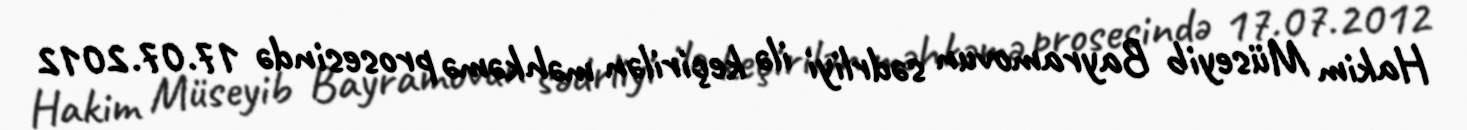
Hakim Müseyib Bayramovun sədrliyi ilə keçirilən məhkəmə prosesində 17.07.2012